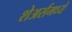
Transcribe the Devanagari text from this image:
शेअर्समध्ये